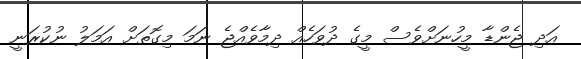
އަދި ޖެންޑާ މީހުނަށްވެސް މީގެ ދުވަހެއް ދިމާވެއްޖެ ނަމަ މިގޮތަށް އަމަލު ނުކުރަނީ